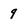
Character: 9